Voisiku_vallavalitsus, lk 455
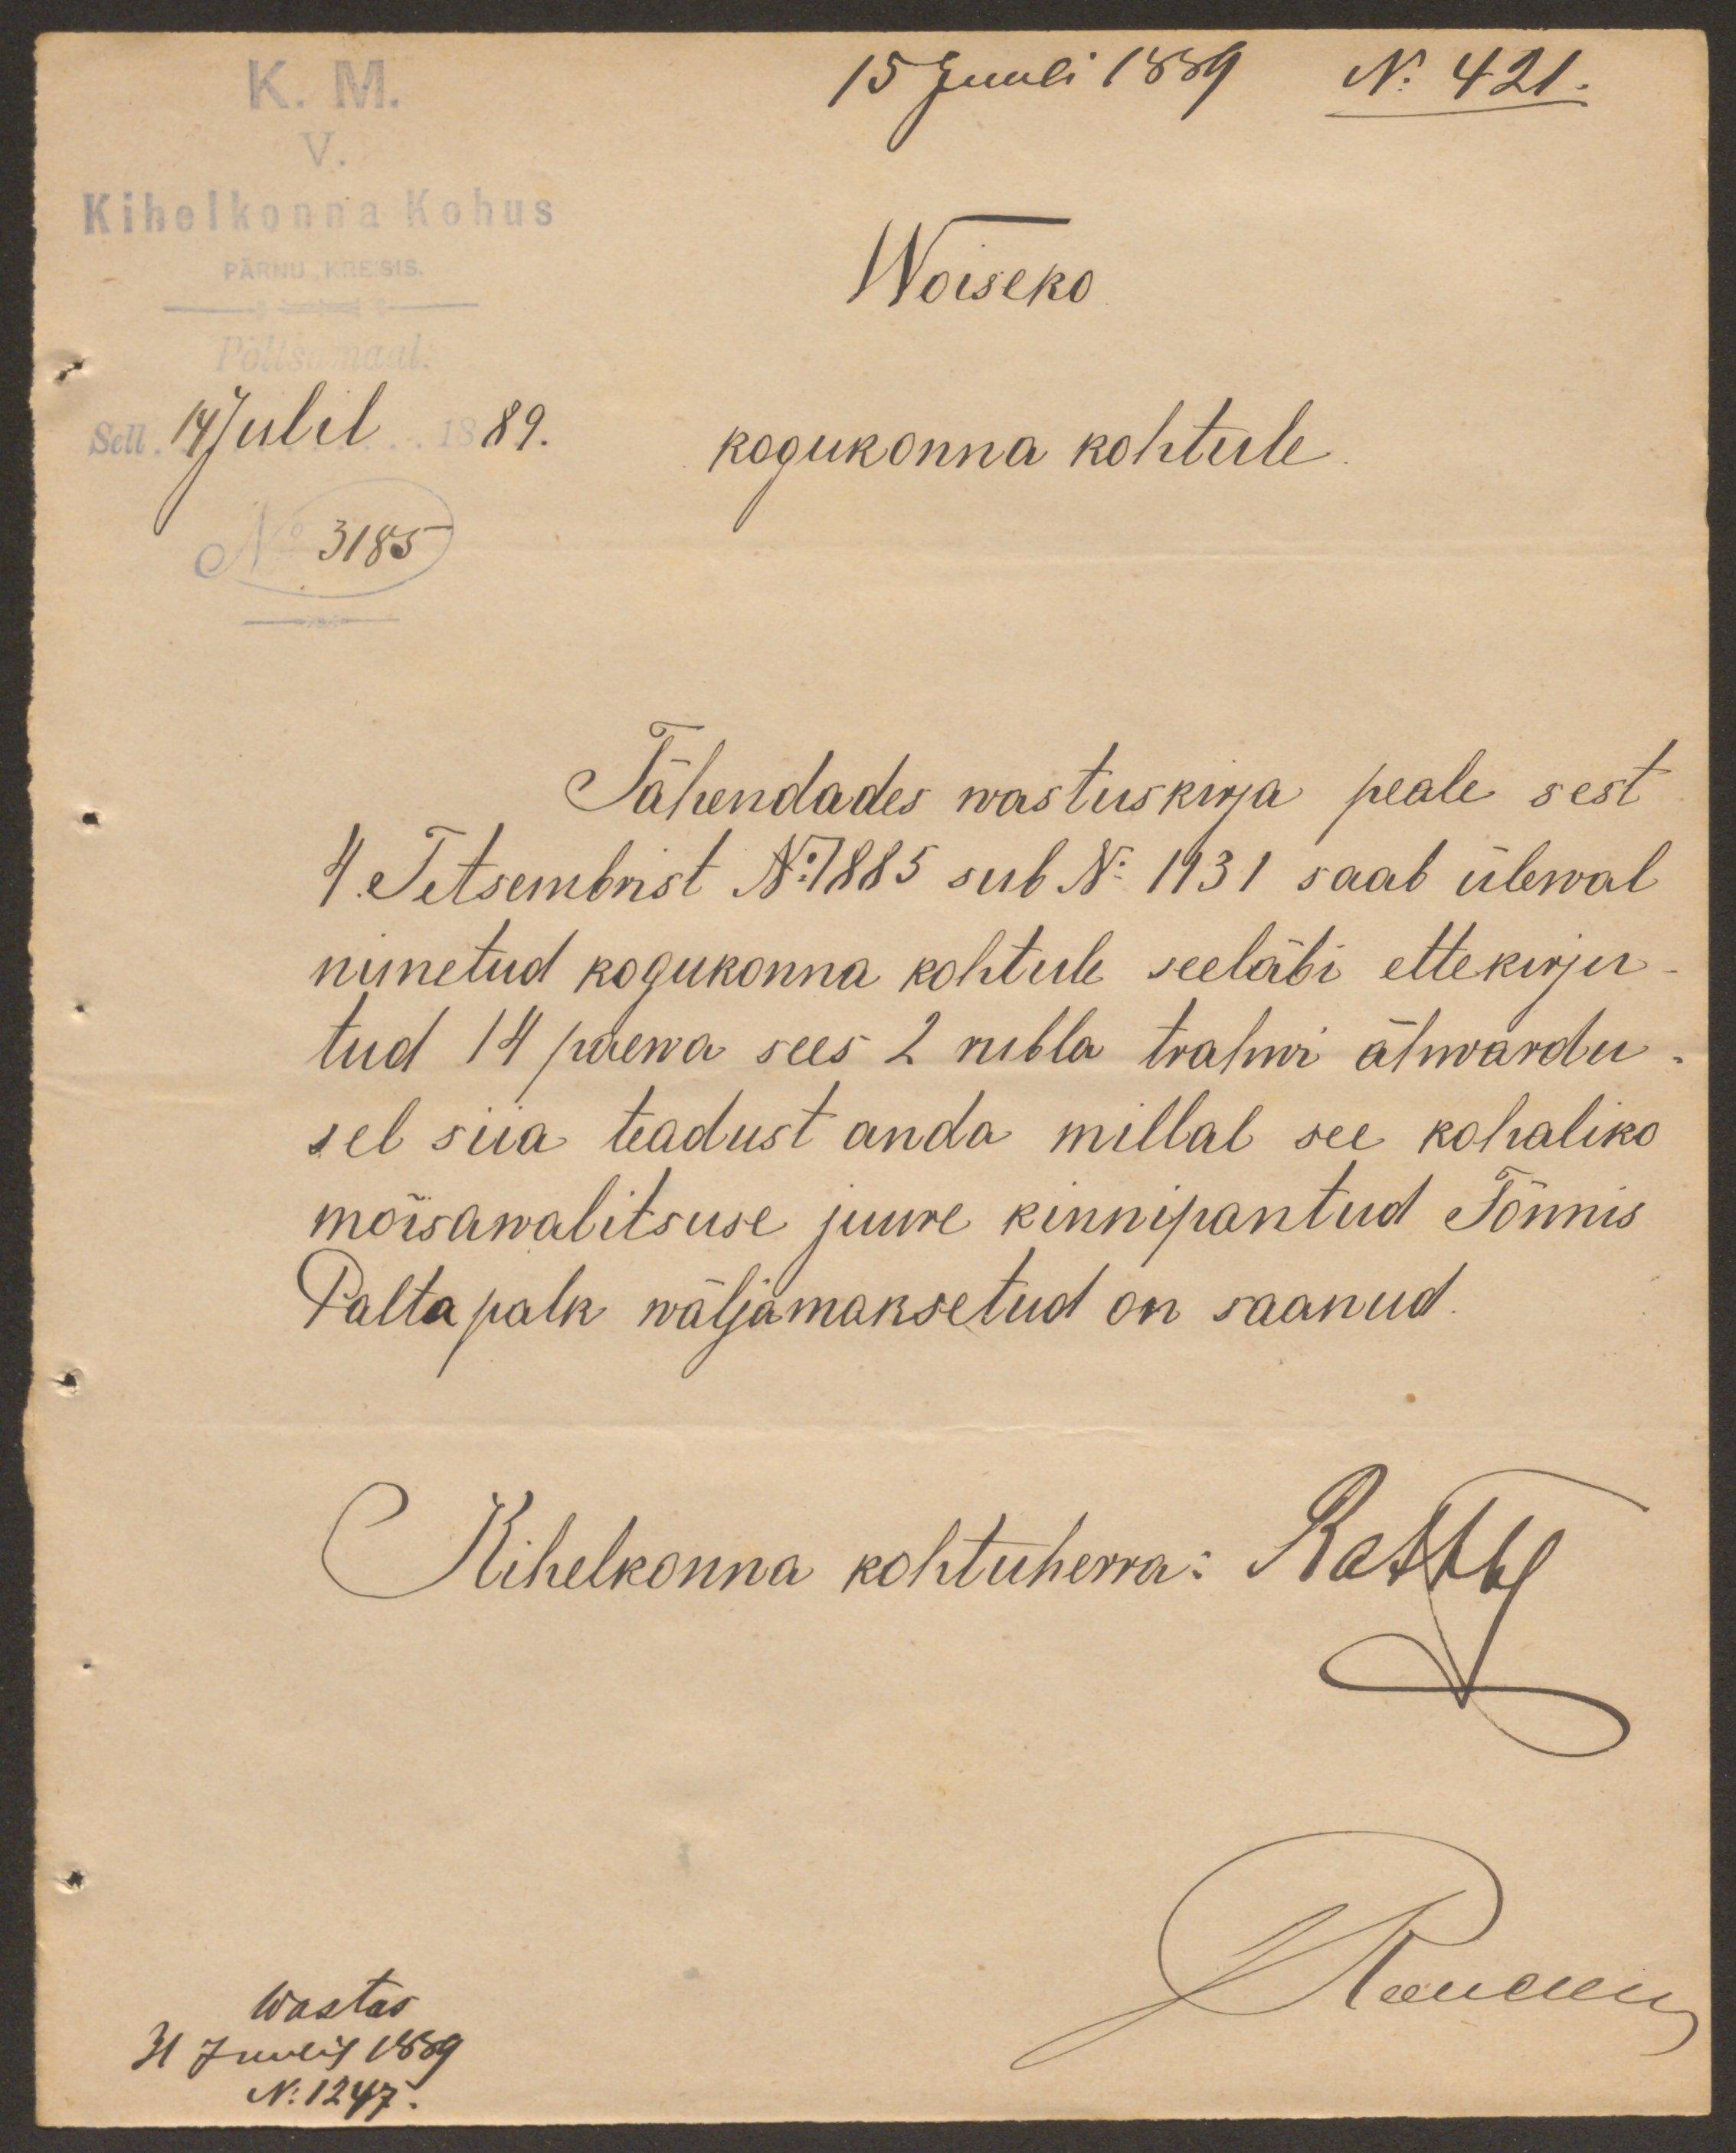
K. M.
15 Juuli 1889
No 421.
V.
Kihelkonna Kohus
PÄRNU KREISIS.
Woiseko
Pöltsumaal
Sell 14 Julil 1889.
kogukonna kohtule
No 3185
Tähendades wastuskirja peale sest
4. Tetsembrist No 1885 sub No 1131 saab ülewal
nimetud kogukonna kohtule seeläbi ettekirju-
tud 14 päewa sees 2 rubla trahwi ähwardu-
sel siia teadust anda millal see kohaliko
mõisawalitsuse juure kinnipantud Tõnnis
Palta palk wäljamaksetud on saanud
Kihelkonna kohtuherra: Rattby
Wastas
Лелели
31 Juulil 1889
No 1247.